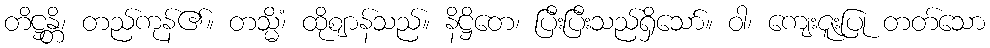
တိဋ္ဌန္တိ၊ တည်ကုန်၏။ တသ္မိံ၊ ထိုဈာန်သည်။ နိဋ္ဌိတေ၊ ပြီးပြီးသည်ရှိသော်။ ဝါ၊ ကျေးဇူးပြု တတ်သော